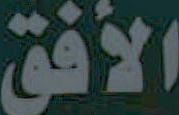
الأفق